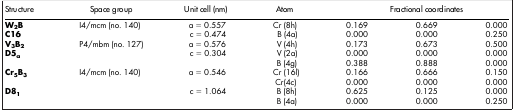
<table><thead><tr><td><b>Structure</b></td><td><b>Space group</b></td><td><b>Unit cell (nm)</b></td><td><b>Atom</b></td><td colspan="3"><b>Fractional coordinates</b></td></tr></thead><tbody><tr><td><b>W<sub>2</sub>B</b></td><td>I4/mcm (no. 140)</td><td>a = 0.557</td><td>Cr (8h)</td><td>0.169</td><td>0.669</td><td>0.000</td></tr><tr><td><b>C16</b></td><td> </td><td>c = 0.474</td><td>B (4a)</td><td>0.000</td><td>0.000</td><td>0.250</td></tr><tr><td><b>V<sub>3</sub>B<sub>2</sub></b></td><td>P4/mbm (no. 127)</td><td>a = 0.576</td><td>V (4h)</td><td>0.173</td><td>0.673</td><td>0.500</td></tr><tr><td><b>D5<sub>a</sub></b></td><td> </td><td>c = 0.304</td><td>V (2a)</td><td>0.000</td><td>0.000</td><td>0.000</td></tr><tr><td> </td><td> </td><td> </td><td>B (4g)</td><td>0.388</td><td>0.888</td><td>0.000</td></tr><tr><td><b>Cr<sub>5</sub>B<sub>3</sub></b></td><td>I4/mcm (no. 140)</td><td>a = 0.546</td><td>Cr (16l)</td><td>0.166</td><td>0.666</td><td>0.150</td></tr><tr><td> </td><td> </td><td> </td><td>Cr(4c)</td><td>0.000</td><td>0.000</td><td>0.000</td></tr><tr><td><b>D8<sub>1</sub></b></td><td> </td><td>c = 1.064</td><td>B (8h)</td><td>0.625</td><td>0.125</td><td>0.000</td></tr><tr><td> </td><td> </td><td> </td><td>B (4a)</td><td>0.000</td><td>0.000</td><td>0.250</td></tr></tbody></table>